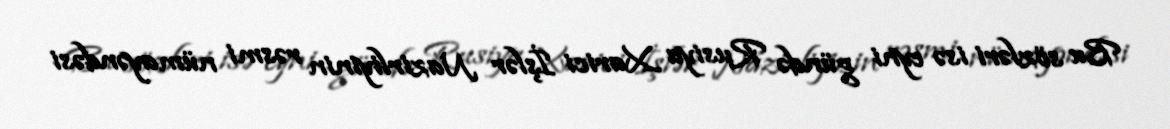
Bu sözləri isə eyni gündə Rusiya Xarici İşlər Nazirliyinin rəsmi nümayəndəsi